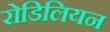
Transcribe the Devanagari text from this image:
रोडिलियन